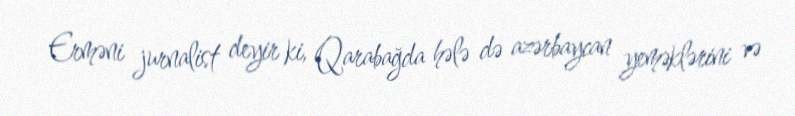
Erməni jurnalist deyir ki, Qarabağda hələ də azərbaycan yeməklərini və